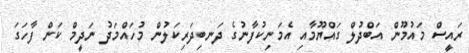
ރައީސް މައުމޫން އަބްދުލް ގައްޔޫމާއި އެމަނިކުފާނުގެ ދަނބިދަރިކަލުން މުހައްމަދު ނަދީމް ކަން ފާހަގަ